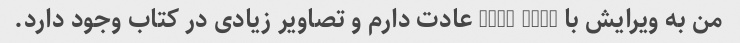
من به ویرایش با word 2003 عادت دارم و تصاویر زیادی در کتاب وجود دارد.